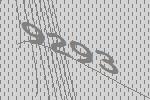
9293